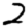
Digit: 2